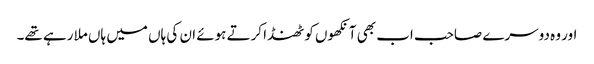
اور وہ دوسرے صاحب اب بھی آنکھوں کو ٹھنڈا کرتے ہوئے ان کی ہاں میں ہاں ملا رہے تھے۔